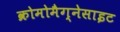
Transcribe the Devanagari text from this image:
क्रोमोमैग्‍नेसाइट